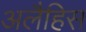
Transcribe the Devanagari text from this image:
अलैहिस